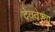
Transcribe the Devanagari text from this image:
देववेश्या